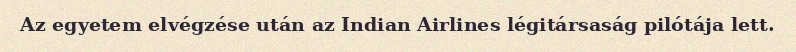
Az egyetem elvégzése után az Indian Airlines légitársaság pilótája lett.